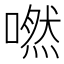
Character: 嘫